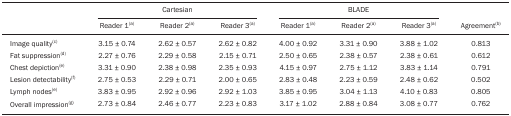
|  | <COLSPAN=3> Cartesian |  | <COLSPAN=3> BLADE |  |
 |  | Reader 1(a) | Reader 2(a) | Reader 3(a) |  | Reader 1(a) | Reader 2(a) | Reader 3(a) | Agreement(b) |
 | --- | --- | --- | --- | --- | --- | --- | --- | --- |
 | Image quality(c) | 3.15 ± 0.74 | 2.62 ± 0.57 | 2.62 ± 0.82 |  | 4.00 ± 0.92 | 3.31 ± 0.90 | 3.88 ± 1.02 | 0.813 |
 | Fat suppression(d) | 2.27 ± 0.76 | 2.29 ± 0.58 | 2.15 ± 0.71 |  | 2.50 ± 0.65 | 2.38 ± 0.57 | 2.38 ± 0.61 | 0.612 |
 | Chest depiction(e) | 3.31 ± 0.90 | 2.38 ± 0.98 | 2.35 ± 0.93 |  | 4.15 ± 0.97 | 2.75 ± 1.12 | 3.83 ± 1.14 | 0.791 |
 | Lesion detectability(f) | 2.75 ± 0.53 | 2.29 ± 0.71 | 2.00 ± 0.65 |  | 2.83 ± 0.48 | 2.23 ± 0.59 | 2.48 ± 0.62 | 0.502 |
 | Lymph nodes(e) | 3.83 ± 0.95 | 2.92 ± 0.96 | 2.92 ± 1.03 |  | 3.85 ± 0.95 | 3.04 ± 1.13 | 4.10 ± 0.83 | 0.805 |
 | Overall impression(g) | 2.73 ± 0.84 | 2.46 ± 0.77 | 2.23 ± 0.83 |  | 3.17 ± 1.02 | 2.88 ± 0.84 | 3.08 ± 0.77 | 0.762 |